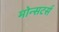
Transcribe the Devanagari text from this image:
मोन्सटर्स